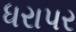
ધરાપર